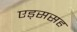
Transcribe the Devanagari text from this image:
एड्ससह